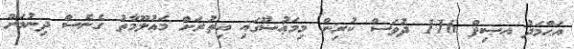
އަޙްމަދު ޢޞިފް 116 ދުވަސް ކުރިން މިމަޢުޟޫގައި އިތުރަށް މަޢުލޫމާތު ގެނެސް ދިނުމަށް